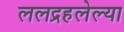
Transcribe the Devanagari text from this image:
ललद्रहलेल्या